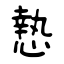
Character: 慹